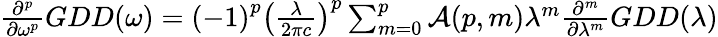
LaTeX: {\begin{array}{c}{{\frac{{\partial}^{p}}{\partial{\omega}^{p}}}GDD\mathrm{(}\omega\mathrm{)}={\left(\mathrm{-}\mathrm{1}\right)}^{p}{\left({\frac{\lambda}{\mathrm{2}\pi c}}\right)}^{p}\sum_{m={0}}^{p}{{\mathcal{A}}\mathrm{(}p,m\mathrm{)}{\lambda}^{m}{\frac{{\partial}^{m}}{\partial{\lambda}^{m}}}GDD\mathrm{(}\lambda\mathrm{)}}}\end{array}}